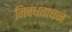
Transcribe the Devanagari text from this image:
निबंधवाचन